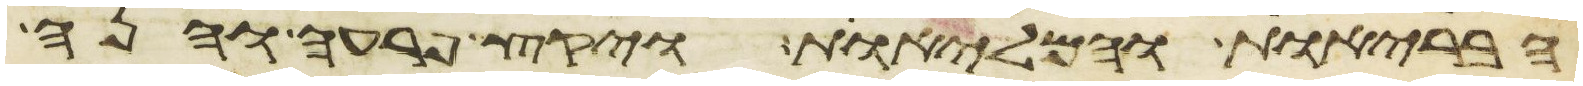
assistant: הבריות והמליות ויקץ פרעה והנה